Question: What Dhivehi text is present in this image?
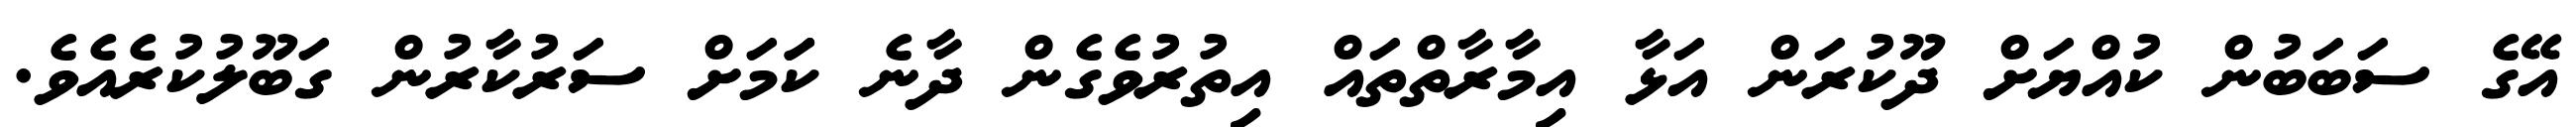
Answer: އޭގެ ސަބަބުން ކުއްޔަށް ދޫކުރަން އަޅާ އިމާރާތްތައް އިތުރުވެގެން ދާނެ ކަަމަށް ސަރުކާރުން ގަބޫލުކުރެއެވެ.